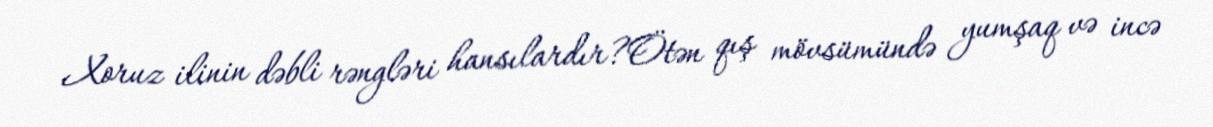
Xoruz ilinin dəbli rəngləri hansılardır?Ötən qış mövsümündə yumşaq və incə